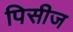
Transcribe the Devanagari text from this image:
पिसीज